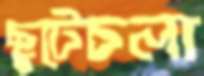
ছুটেচলা